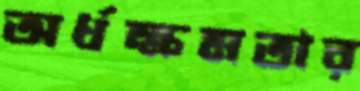
অর্ধক্ষমতার